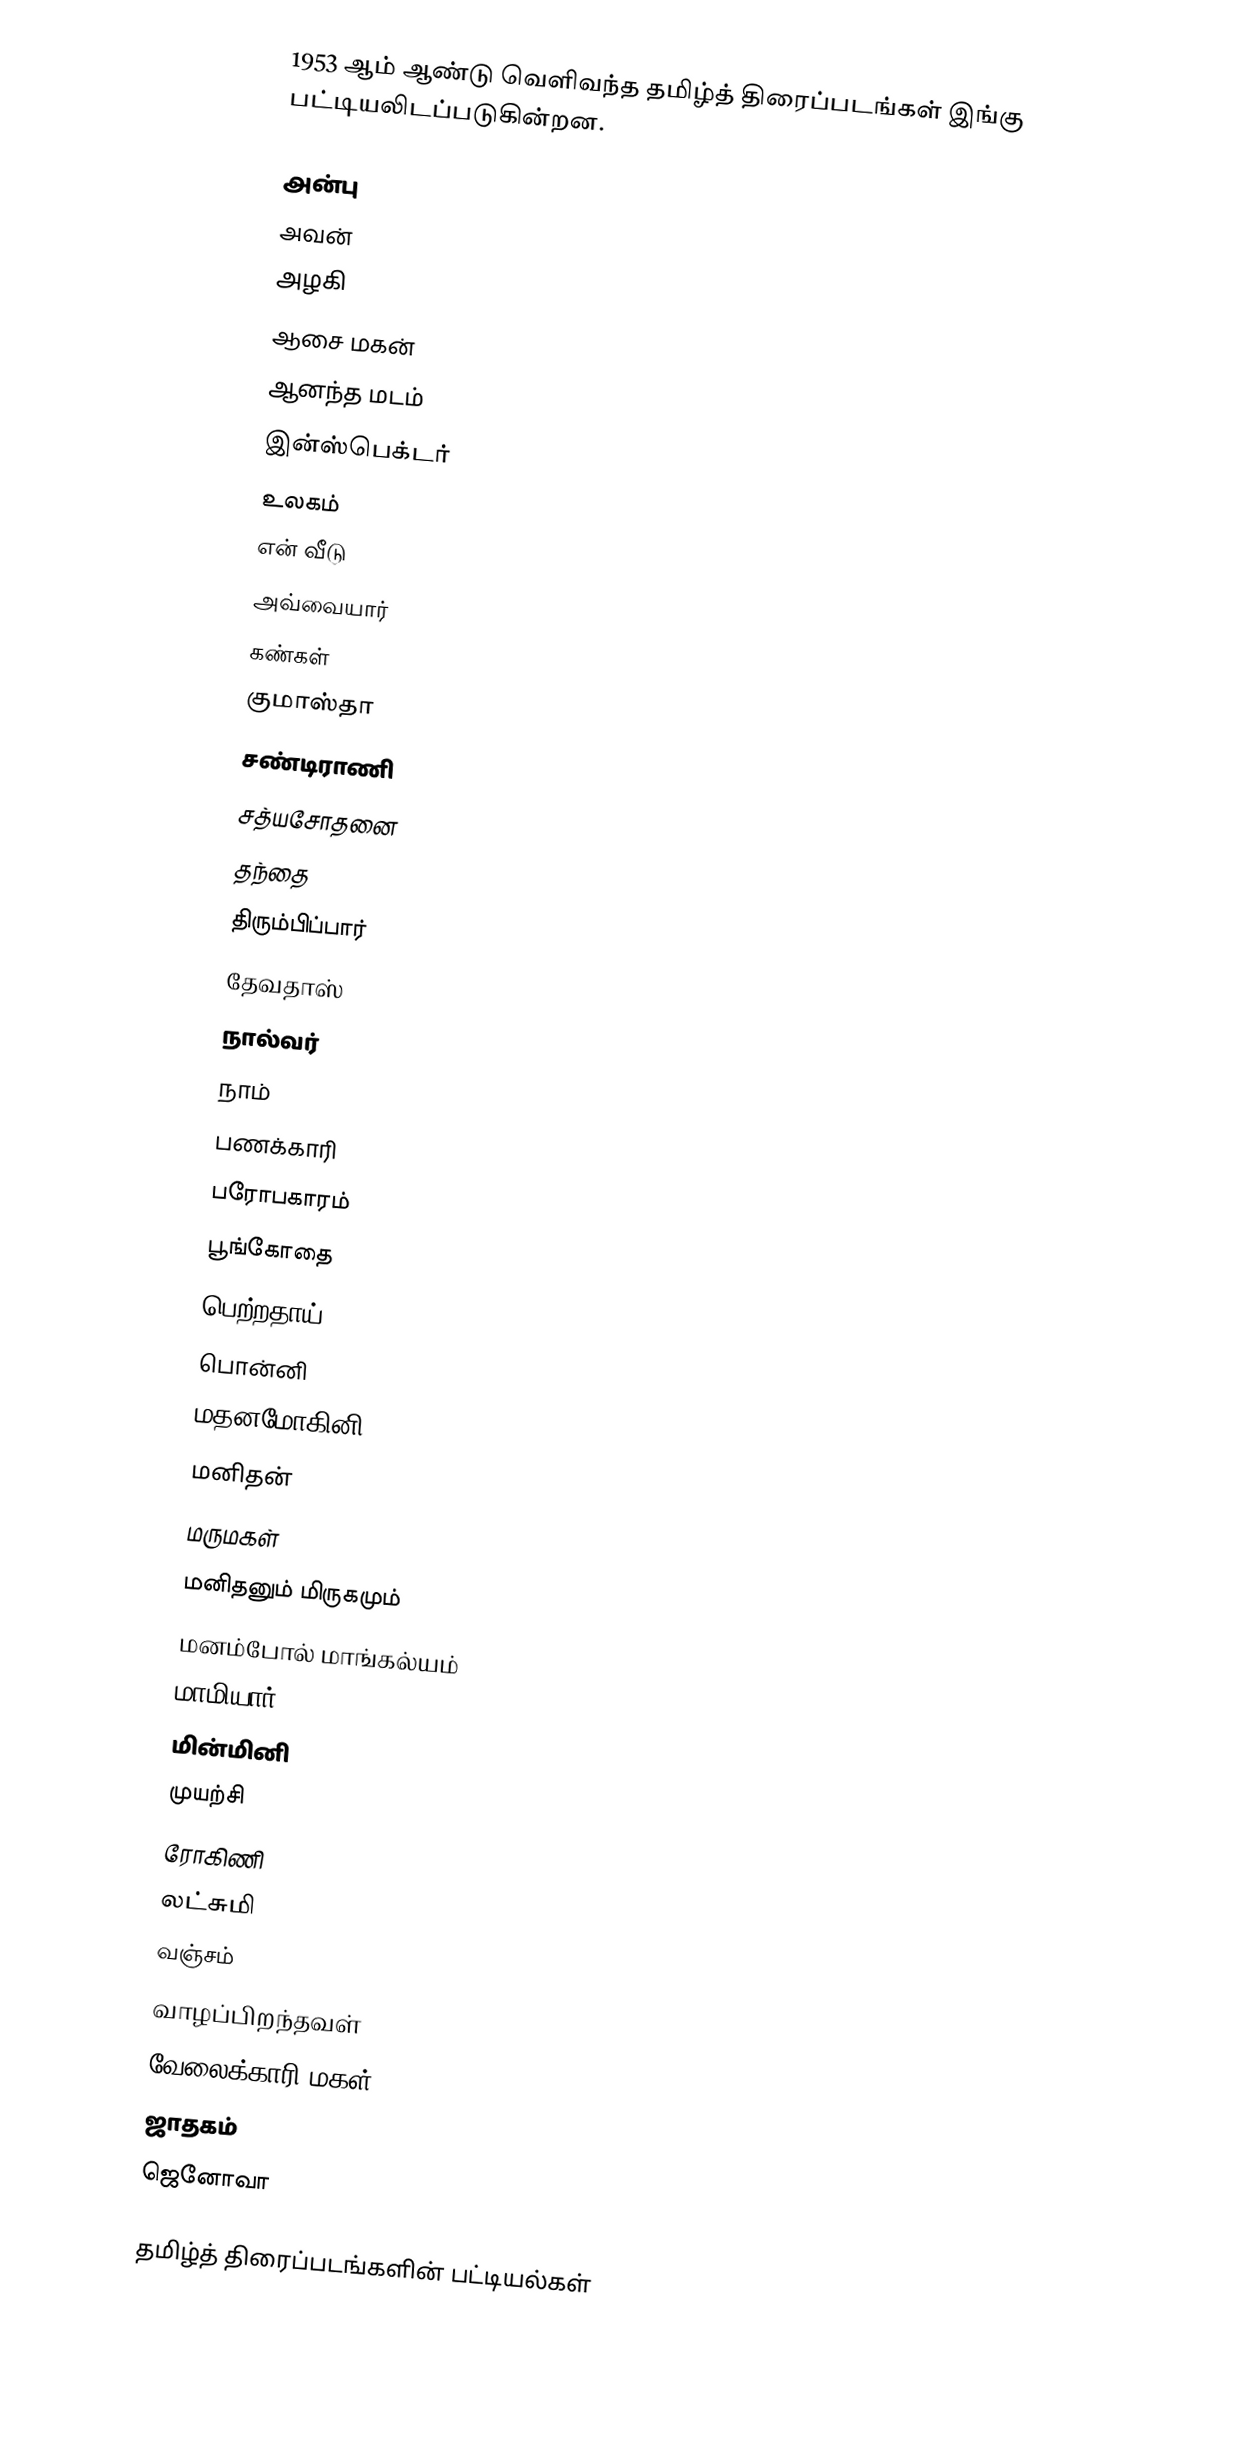
1953 ஆம் ஆண்டு வெளிவந்த தமிழ்த் திரைப்படங்கள் இங்கு பட்டியலிடப்படுகின்றன.

 அன்பு
 அவன்
 அழகி
 ஆசை மகன்
 ஆனந்த மடம்
 இன்ஸ்பெக்டர்
 உலகம்
 என் வீடு
 அவ்வையார்
 கண்கள்
 குமாஸ்தா
 சண்டிராணி
 சத்யசோதனை
 தந்தை
 திரும்பிப்பார்
 தேவதாஸ்
 நால்வர்
 நாம்
 பணக்காரி
 பரோபகாரம்
 பூங்கோதை
 பெற்றதாய்
 பொன்னி
 மதனமோகினி
 மனிதன்
 மருமகள்
 மனிதனும் மிருகமும்
 மனம்போல் மாங்கல்யம்
 மாமியார்
 மின்மினி
 முயற்சி
 ரோகிணி
 லட்சுமி
 வஞ்சம்
 வாழப்பிறந்தவள்
 வேலைக்காரி மகள்
 ஜாதகம்
 ஜெனோவா

தமிழ்த் திரைப்படங்களின் பட்டியல்கள்